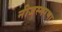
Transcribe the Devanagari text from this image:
नीजस्मरणा